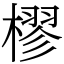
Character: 樛